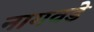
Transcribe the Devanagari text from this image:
नागवडे